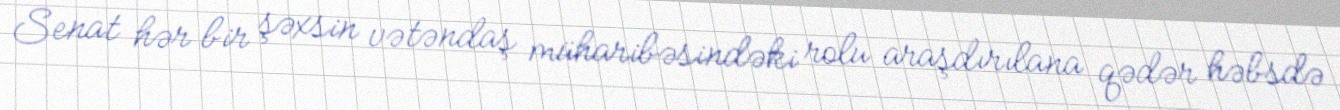
Senat hər bir şəxsin vətəndaş müharibəsindəki rolu araşdırılana qədər həbsdə